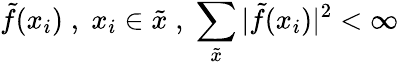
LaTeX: \tilde{f}(x_{i})\; ,\; x_{i}\in\tilde{x}\; ,\; \sum_{\tilde{x}}|\tilde{f}(x_{i})|^{2}<\infty